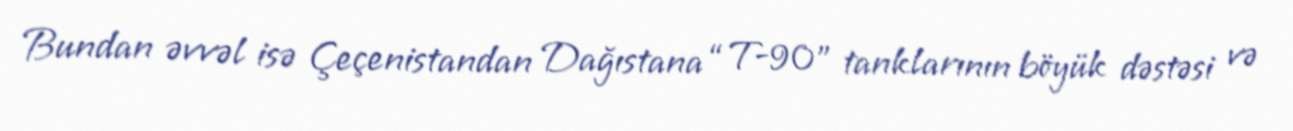
Bundan əvvəl isə Çeçenistandan Dağıstana “T-90" tanklarının böyük dəstəsi və